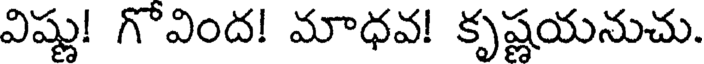
విష్ణు! గొవింద! మాధవ! కృష్ణయనుచు.